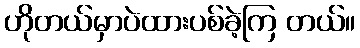
ဟိုတယ်မှာပဲထားပစ်ခဲ့ကြ တယ်။